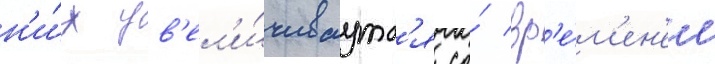
н'и́х ув'ел'и́чиваутс'я со́ вр'е́м'ен'ем